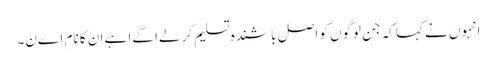
انہوں نے کہا کہ جن لوگوں کو اصل باشندہ تسلیم کر لےا گےا ہے ان کا نام اےن۔